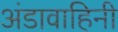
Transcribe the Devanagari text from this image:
अंडावाहिनी